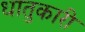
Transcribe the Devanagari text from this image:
धातुकारी